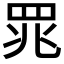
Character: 𫅄